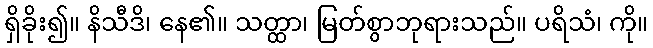
ရှိခိုး၍။ နိသီဒိ၊ နေ၏။ သတ္ထာ၊ မြတ်စွာဘုရားသည်။ ပရိသံ၊ ကို။